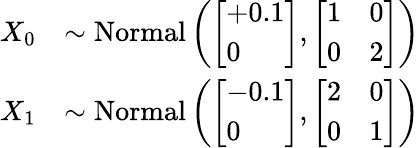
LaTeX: \begin{array}{rl}{X_{0}}&{\sim\mathrm{Normal}\left(\left[\begin{array}{l}{+0.1}\\ {0}\end{array}\right],\left[\begin{array}{ll}{1}&{0}\\ {0}&{2}\end{array}\right]\right)}\\ {X_{1}}&{\sim\mathrm{Normal}\left(\left[\begin{array}{l}{-0.1}\\ {0}\end{array}\right],\left[\begin{array}{ll}{2}&{0}\\ {0}&{1}\end{array}\right]\right)}\end{array}